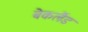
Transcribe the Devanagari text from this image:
बेकलैंड